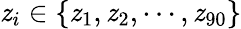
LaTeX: \mathit{z}_{i}\in\{ \mathit{z}_{1},\mathit{z}_{2},\cdots,\mathit{z}_{90}\}